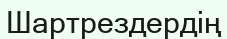
Шартрездердің